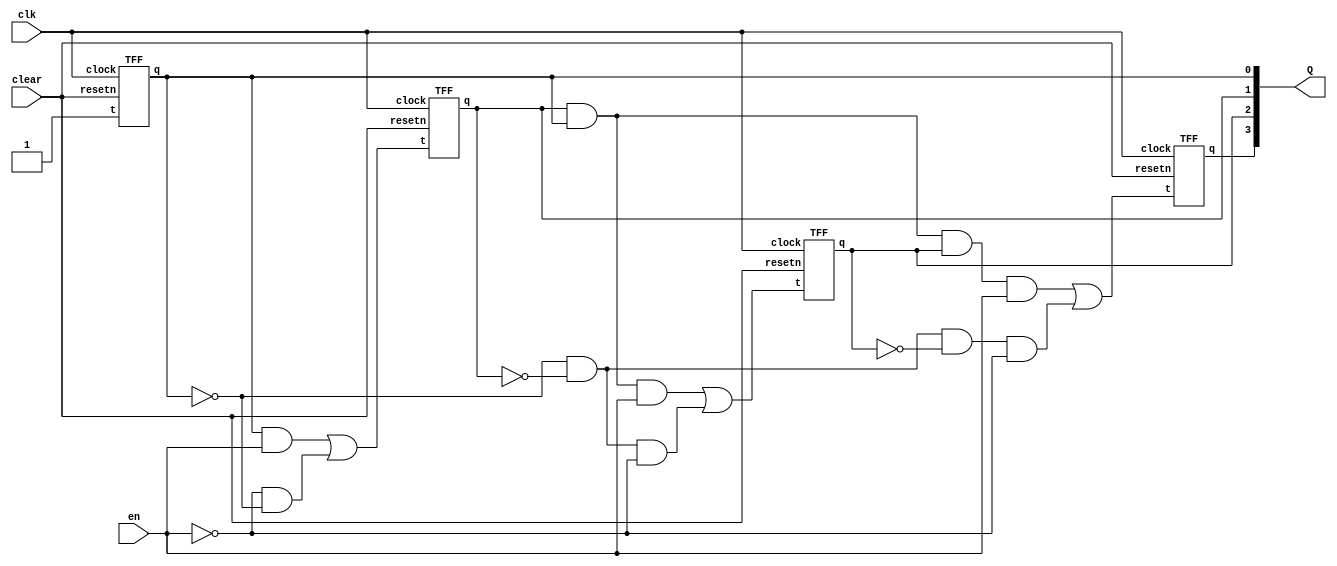
module sync4ud(clk,clear,en,Q);
	input clk,clear,en;
	output [3:0] Q;
	TFF s0(en|~en,clk,clear,Q[0]);
	TFF s1(Q[0]&en|~en&~Q[0],clk,clear,Q[1]);
	TFF s2(Q[1]&Q[0]&en|~Q[1]&~Q[0]&~en,clk,clear,Q[2]);
	TFF s3(Q[0]&Q[1]&Q[2]&en|~Q[0]&~Q[1]&~Q[2]&~en,clk,clear,Q[3]);
endmodule

module TFF(t,clock,resetn,q);
	input t,resetn,clock;
	output reg q;
	always@(negedge clock)
	begin
		if(!resetn)
			q <= 0;
		else
		begin
			if(t)
				q <= ~q;
			else
				q <= q;
		end
	end
endmodule